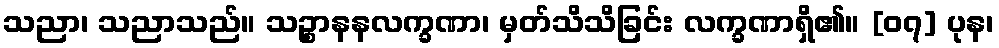
သညာ၊ သညာသည်။ သဉ္စာနနလက္ခဏာ၊ မှတ်သိသိခြင်း လက္ခဏာရှိ၏။ [၀၇] ပုန၊